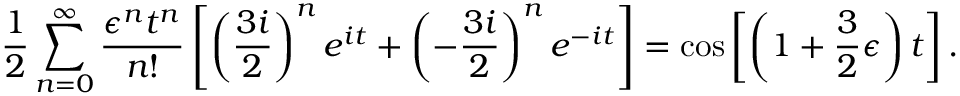
{ \frac { 1 } { 2 } } \sum _ { n = 0 } ^ { \infty } { \frac { \epsilon ^ { n } t ^ { n } } { n ! } } \left[ \left( { \frac { 3 i } { 2 } } \right) ^ { n } e ^ { i t } + \left( - { \frac { 3 i } { 2 } } \right) ^ { n } e ^ { - i t } \right] = \cos \left[ \left( 1 + { \frac { 3 } { 2 } } \epsilon \right) t \right] .